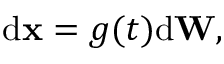
\begin{array} { r } { \mathrm { d } \mathbf { x } = g ( t ) \mathrm { d } \mathbf { W } , } \end{array}